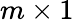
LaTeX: m\times 1